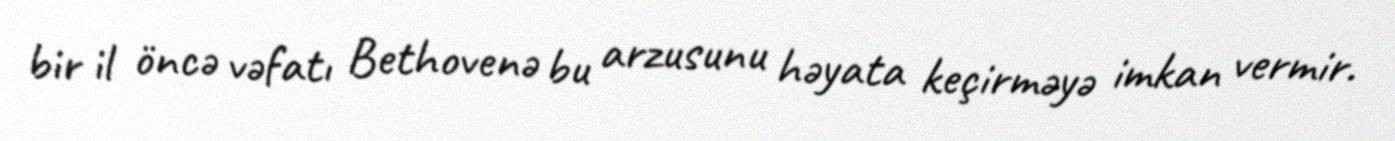
bir il öncə vəfatı Bethovenə bu arzusunu həyata keçirməyə imkan vermir.